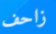
زاحف